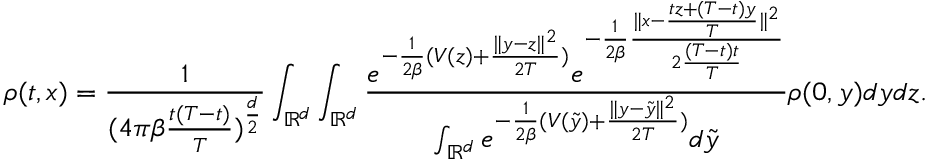
\rho ( t , x ) = \frac { 1 } { { ( 4 \pi \beta \frac { t ( T - t ) } { T } } ) ^ { \frac { d } { 2 } } } \int _ { \mathbb { R } ^ { d } } \int _ { \mathbb { R } ^ { d } } \frac { e ^ { - \frac { 1 } { 2 \beta } ( V ( z ) + \frac { \| y - z \| ^ { 2 } } { 2 T } ) } e ^ { - \frac { 1 } { 2 \beta } \frac { \| x - \frac { t z + ( T - t ) y } { T } \| ^ { 2 } } { 2 \frac { ( T - t ) t } { T } } } } { \int _ { \mathbb { R } ^ { d } } e ^ { - \frac { 1 } { 2 \beta } ( V ( \tilde { y } ) + \frac { \| y - \tilde { y } \| ^ { 2 } } { 2 T } ) } d \tilde { y } } \rho ( 0 , y ) d y d z .